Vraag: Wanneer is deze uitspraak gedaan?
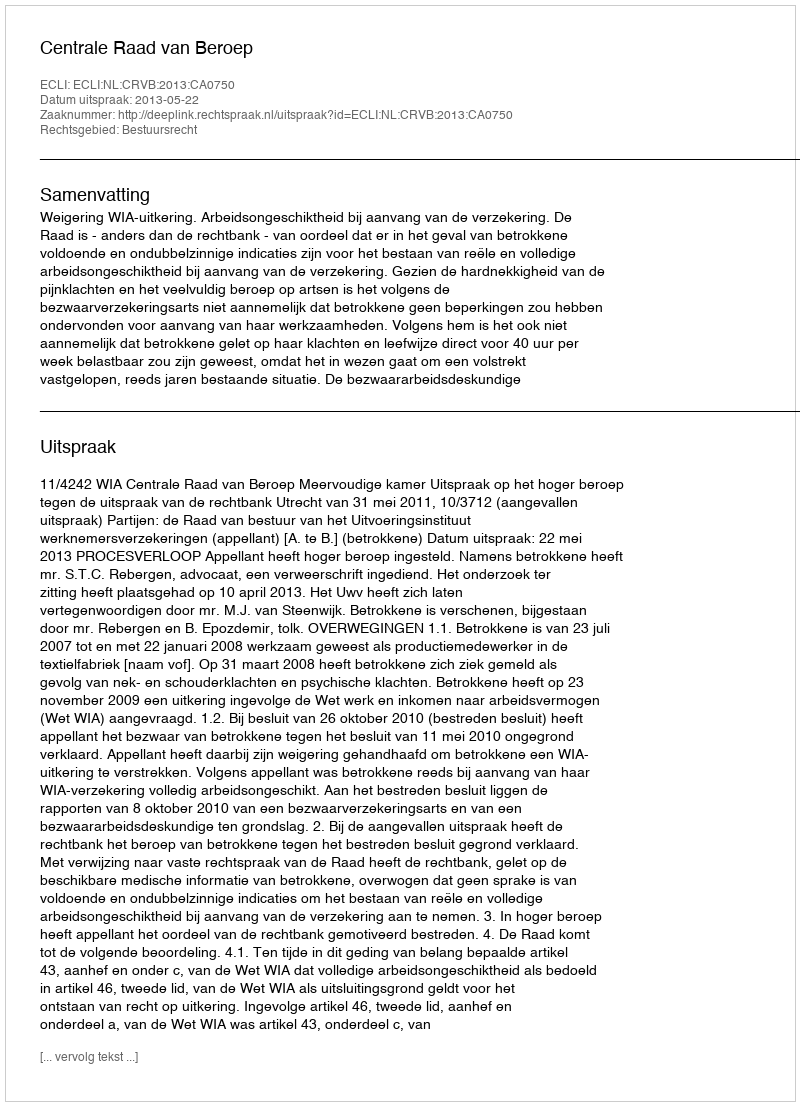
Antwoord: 2013-05-22